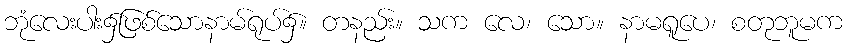
ဘုံလေးပါး၌ဖြစ်သောနာမ်ရုပ်၌။ တနည်း။ သက လေ၊ သော။ နာမရူပေ၊ စတုဘူမက